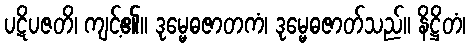
ပဋိပဇတိ၊ ကျင့်၏။ ဒုမ္မေဓဇာတကံ၊ ဒုမ္မေဓဇာတ်သည်။ နိဋ္ဌိတံ၊